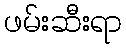
ဖမ်းဆီးရာ